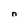
Character: n